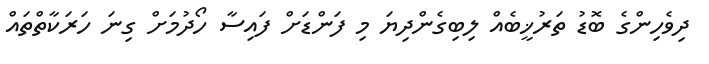
ދިވެހިންގެ ބޮޑު ތަރުޚީބެއް ލިބިގެންދިޔަ މި ފަންޑަށް ފައިސާ ހޯދުމަށް ގިނަ ހަރަކާތްތައް